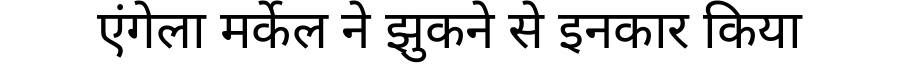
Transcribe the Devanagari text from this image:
एंगेला मर्केल ने झुकने से इनकार किया